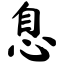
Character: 息